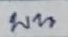
บน